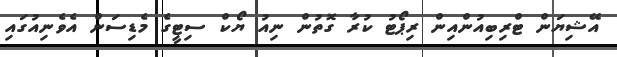
އޭޝިޔަން ޓްރިބިއުންއިން ރިޕޯޓު ކުރާ ގޮތުން ނިއު ޔޯކް ސިޓީގެ މެޑިސަން އެވެނިއުގައި